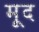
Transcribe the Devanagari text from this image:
मूद